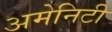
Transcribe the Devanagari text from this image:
अमेनिटी